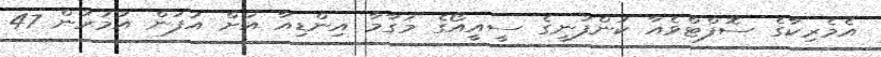
އެމެރިކާގެ ސޮފްޓްވެއާ ކުންފުނީގެ ސީއީއޯގެ މަގާމާ އިންޑިއާ އަށް އުފަން އުމުރުން 47